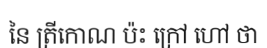
នៃ ត្រីកោណ ប៉ះ ក្រៅ ហៅ ថា